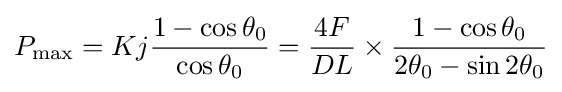
P_{\max }=Kj{\frac {1-\cos \theta _{0}}{\cos \theta _{0}}}={\frac {4F}{DL}}\times {\frac {1-\cos \theta _{0}}{2\theta _{0}-\sin 2\theta _{0}}}